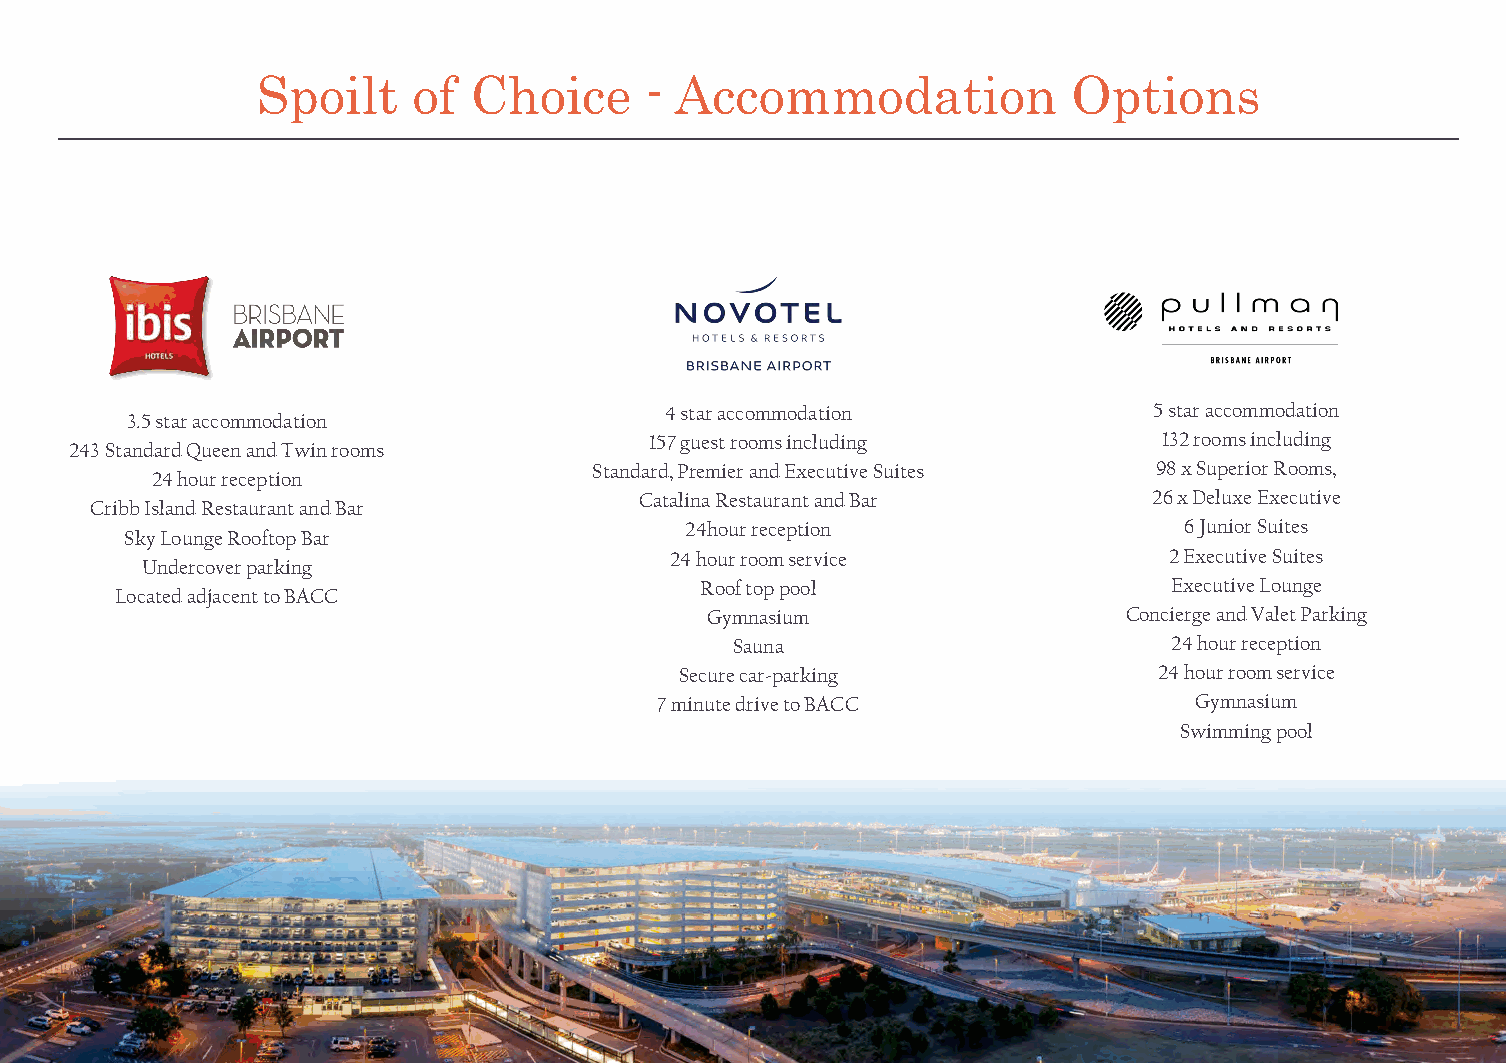
Spoilt    of  Choice      - Accommodation             Options
 4 star accommodation            5 star accommodation
 3.5 star accommodation
 157 guest rooms including         132 rooms including
 243 Standard Queen and Twin rooms
 Standard, Premier and Executive Suites 98 x Superior Rooms,
 24 hour reception
 Catalina Restaurant and Bar       26 x Deluxe Executive
 Cribb Island Restaurant and Bar
 24hour reception                 6 Junior Suites
 Sky Lounge Rooftop Bar
 24 hour room service             2 Executive Suites
 Undercover parking
 Roof top pool                   Executive Lounge
 Located adjacent to BACC
 Gymnasium                   Concierge and Valet Parking
 Sauna                        24 hour reception
 Secure car-parking              24 hour room service
 7 minute drive to BACC             Gymnasium
 Swimming pool
 Page | 21